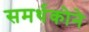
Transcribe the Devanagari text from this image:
समर्थकोने